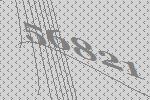
56821